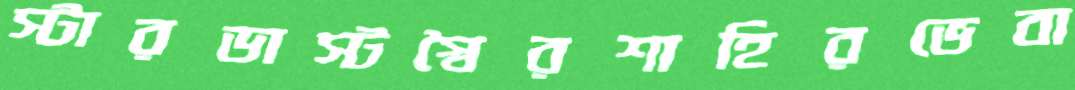
স্টারডাস্টস্বৈরশাহিরভেবা